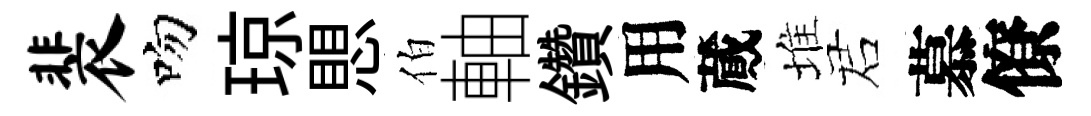
裴吻琼愳伯軸鑽用蕆堆诺慕僚